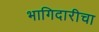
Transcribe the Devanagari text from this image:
भागिदारीचा